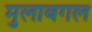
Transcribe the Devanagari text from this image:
मुलाबगल